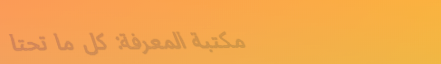
مكتبة المعرفة: كل ما تحتا